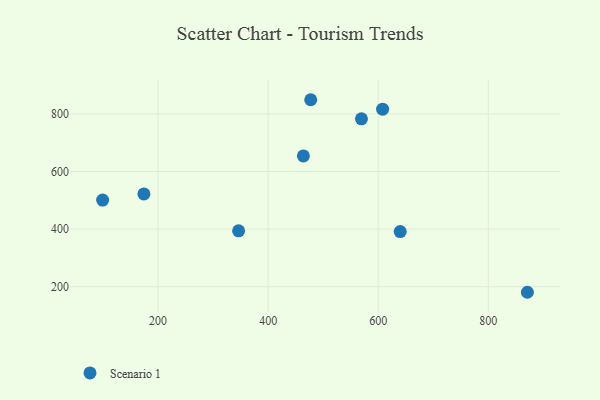
{"axis": {"x": "Experience", "y": "Salary"}, "legend": ["Scenario 1"], "data": [{"x": "99.3", "y": 500.9, "type": "Scenario 1"}, {"x": "464.0", "y": 654.1, "type": "Scenario 1"}, {"x": "870.9", "y": 180.5, "type": "Scenario 1"}, {"x": "607.9", "y": 816.6, "type": "Scenario 1"}, {"x": "174.3", "y": 522.1, "type": "Scenario 1"}, {"x": "477.3", "y": 849.3, "type": "Scenario 1"}, {"x": "346.3", "y": 394.1, "type": "Scenario 1"}, {"x": "639.9", "y": 391.4, "type": "Scenario 1"}, {"x": "569.5", "y": 782.9, "type": "Scenario 1"}]}